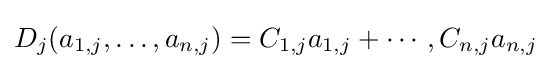
D_{j}(a_{1,j},\ldots ,a_{n,j})=C_{1,j}a_{1,j}+\cdots ,C_{n,j}a_{n,j}